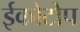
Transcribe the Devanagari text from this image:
ईकोटोप